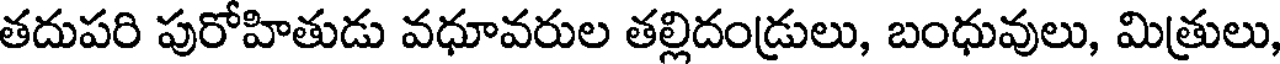
తదుపరి పురోహితుడు వధూవరుల తల్లిదండ్రులు, బంధువులు, మిత్రులు,